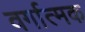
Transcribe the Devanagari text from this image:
वर्गात्मक